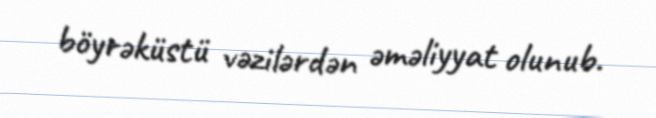
böyrəküstü vəzilərdən əməliyyat olunub.